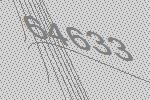
64633